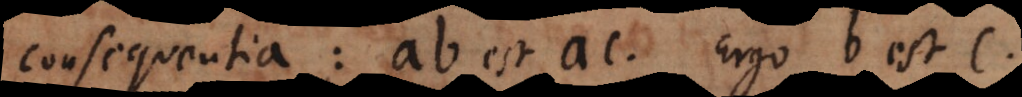
consequentia: ab est ac. Ergo b est c.